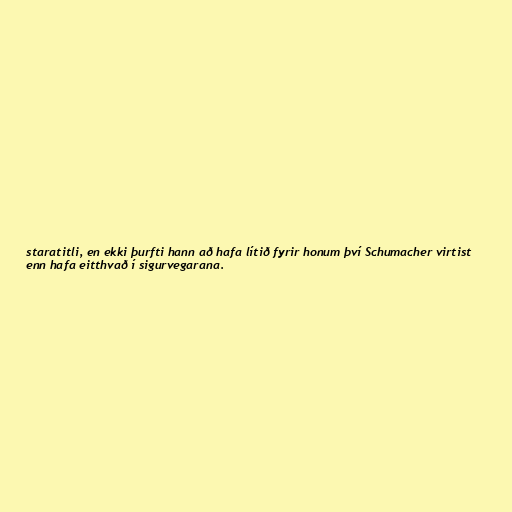
staratitli, en ekki þurfti hann að hafa lítið fyrir honum því Schumacher virtist
enn hafa eitthvað í sigurvegarana.